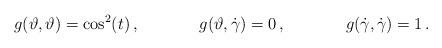
LaTeX: \begin{align*}g(\vartheta,\vartheta)&=\cos^2(t)\,,&g(\vartheta,\dot{\gamma})&=0\,,&g(\dot{\gamma},\dot{\gamma})&=1\,.\end{align*}